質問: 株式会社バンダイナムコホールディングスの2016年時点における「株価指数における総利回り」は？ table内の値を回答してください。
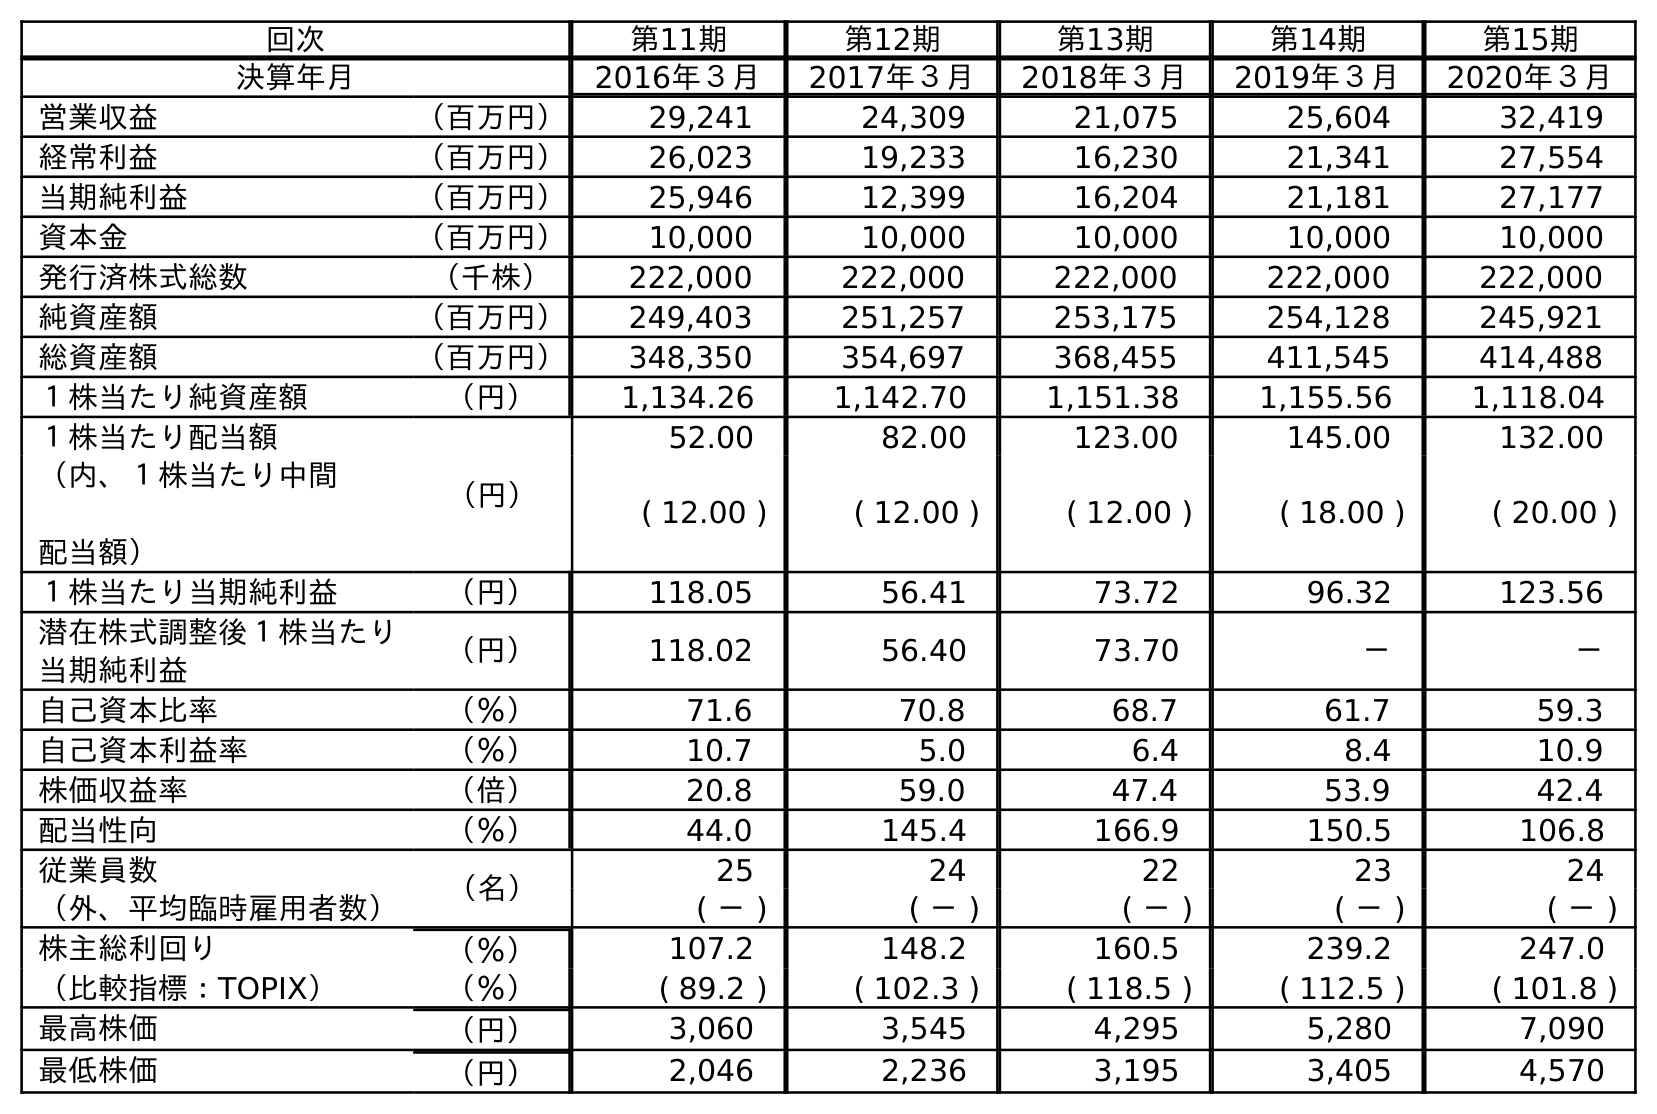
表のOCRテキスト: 回次 第11期 第12期 第13期 第14期 第15期 決算年月 2016年３月 2017年３月 2018年３月 2019年３月 2020年３月 営業収益 （百万円） 29,241 24,309 21,075 25,604 32,419 経常利益 （百万円） 26,023 19,233 16,230 21,341 27,554 当期純利益 （百万円） 25,946 12,399 16,204 21,181 27,177 資本金 （百万円） 10,000 10,000 10,000 10,000 10,000 発行済株式総数 （千株） 222,000 222,000 222,000 222,000 222,000 純資産額 （百万円） 249,403 251,257 253,175 254,128 245,921 総資産額 （百万円） 348,350 354,697 368,455 411,545 414,488 １株当たり純資産額 （円） 1,134.26 1,142.70 1,151.38 1,155.56 1,118.04 １株当たり配当額 （円） 52.00 82.00 123.00 145.00 132.00 （内、１株当たり中間 配当額） ( 12.00 ) ( 12.00 ) ( 12.00 ) ( 18.00 ) ( 20.00 ) １株当たり当期純利益 （円） 118.05 56.41 73.72 96.32 123.56 潜在株式調整後１株当たり 当期純利益 （円） 118.02 56.40 73.70 － － 自己資本比率 （％） 71.6 70.8 68.7 61.7 59.3 自己資本利益率 （％） 10.7 5.0 6.4 8.4 10.9 株価収益率 （倍） 20.8 59.0 47.4 53.9 42.4 配当性向 （％） 44.0 145.4 166.9 150.5 106.8 従業員数 （名） 25 24 22 23 24 （外、平均臨時雇用者数） ( － ) ( － ) ( － ) ( － ) ( － ) 株主総利回り （％） 107.2 148.2 160.5 239.2 247.0 （比較指標：TOPIX） （％） ( 89.2 ) ( 102.3 ) ( 118.5 ) ( 112.5 ) ( 101.8 ) 最高株価 （円） 3,060 3,545 4,295 5,280 7,090 最低株価 （円） 2,046 2,236 3,195 3,405 4,570
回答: (89.2)